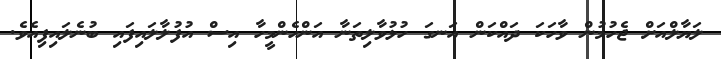
ލަޔާލްއަށް ޖެހުމުން ވާހަކަ ދައްކަން އަނގަ ހުޅުވާލިތަނާ އަންހެންމީހާ އިސް އުފުލާލައިފައި ބުނެލައިފިއެވެ.